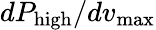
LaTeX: dP_{\textrm{high}}/dv_{\textrm{max}}